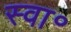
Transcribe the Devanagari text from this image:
स्वा॰